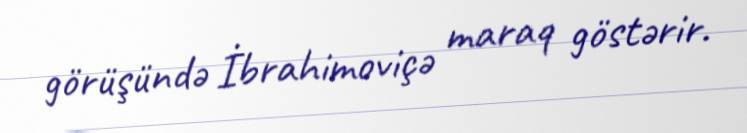
görüşündə İbrahimoviçə maraq göstərir.